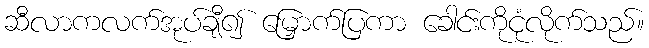
ဆီလာကလက်အုပ်ချီ၍ မြှောက်ပြကာ ခေါင်းကိုငုံလိုက်သည်။